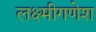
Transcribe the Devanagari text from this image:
लक्ष्मीगणेश